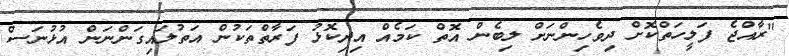
"ރާއްޖެ ފަލީހަތްކޮށް ދިވެހިންނަށް ލިބެން އޮތް ކަމެއް އިދިކޮޅު ފަރާތްތަކުންް އަތުލައިގަންނަން އުޅުނަސް